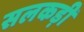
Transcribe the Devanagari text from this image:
सलकड़ी